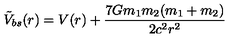
\tilde { V } _ { b s } ( r ) = V ( r ) + { \frac { 7 G m _ { 1 } m _ { 2 } ( m _ { 1 } + m _ { 2 } ) } { 2 c ^ { 2 } r ^ { 2 } } }